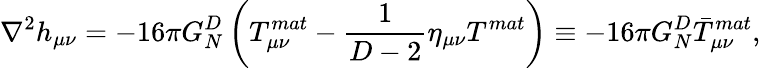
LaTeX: \nabla^{2}h_{\mu\nu}=-16\pi G_{N}^{D}\left(T_{\mu\nu}^{mat}-{\frac{1}{D-2}}\eta_{\mu\nu}T^{mat}\right)\equiv-16\pi G_{N}^{D}\bar{T}_{\mu\nu}^{mat},